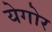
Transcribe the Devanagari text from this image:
येगोर